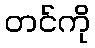
တင်ကို